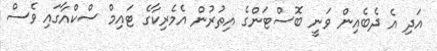
އަދި އެ ދެބެއިން ވަނީ ބޮސްޓަންގެ އިތުރުން އެމެރިކާގެ ޓައިމް ސްކްއާގައި ވެސް